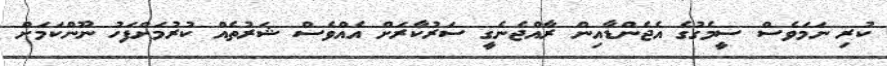
ކުރި ނަމަވެސް ސީމެގުގެ އެޖެންޑާއިން ރާއްޖެނެގީ ސަރުކާރަށް އެއްވެސް ޝަރުތެއް ކުރުމަށްފަހު ނޫންކަމަށް